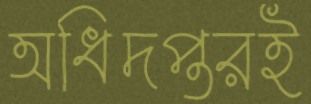
অধিদপ্তরই